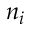
n _ { i }